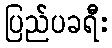
ပြည်ပခရီး